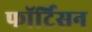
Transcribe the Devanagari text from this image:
फॉर्टिसन